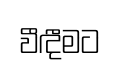
වීඳීමට